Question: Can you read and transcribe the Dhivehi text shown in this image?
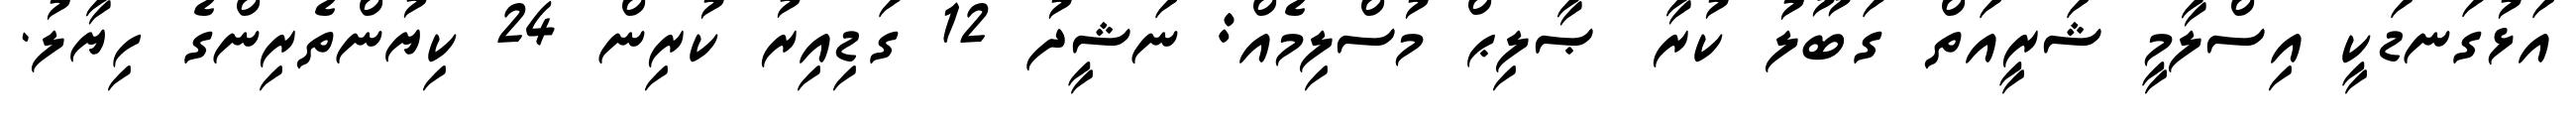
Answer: އަޅުގަނޑަކީ އިސްލާމީ ޝަރީއަތް ގަބޫލު ކުރާ ޞާލިޙް މުސްލިމެއް: ނަޝީދު 12 ގަޑިއިރު ކުރިން 24 ކިޔުންތެރިންގެ ހިޔާލު.